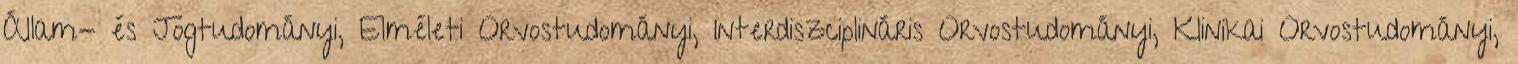
Állam- és Jogtudományi, Elméleti Orvostudományi, Interdiszciplináris Orvostudományi, Klinikai Orvostudományi,